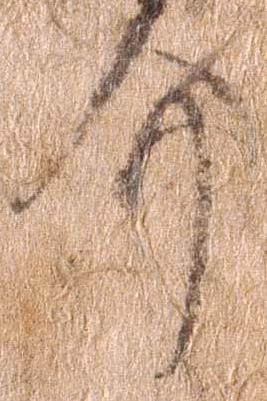
介